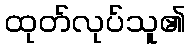
ထုတ်လုပ်သူ၏